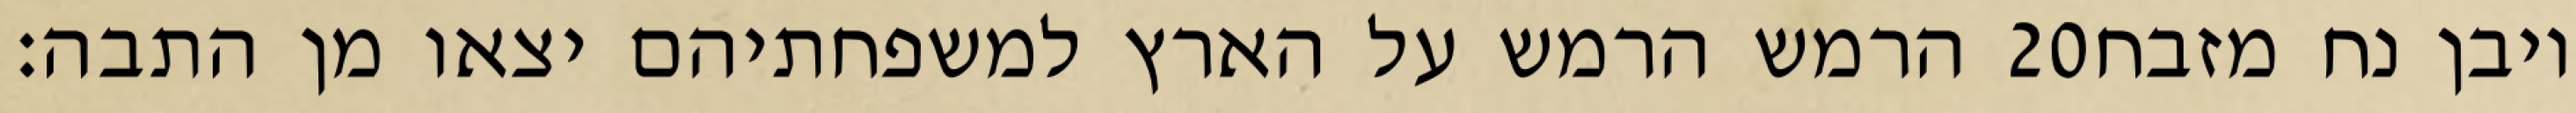
הרמש הרמש על הארץ למשפחתיהם יצאו מן התבה׃ ‎20‏ ויבן נח מזבח